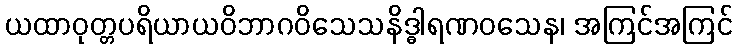
ယထာဝုတ္တပရိယာယဝိဘာဂဝိသေသနိဒ္ဓါရဏဝသေန၊ အကြင်အကြင်